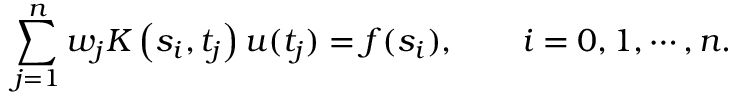
\sum _ { j = 1 } ^ { n } w _ { j } K \left( s _ { i } , t _ { j } \right) u ( t _ { j } ) = f ( s _ { i } ) , \qquad i = 0 , 1 , \cdots , n .